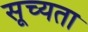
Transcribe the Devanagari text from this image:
सूच्यता